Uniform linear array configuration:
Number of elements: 16
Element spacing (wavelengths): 0.5
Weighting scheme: uniform
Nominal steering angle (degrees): -60
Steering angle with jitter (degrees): -59.682
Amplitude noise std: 0.05
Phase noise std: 0.05

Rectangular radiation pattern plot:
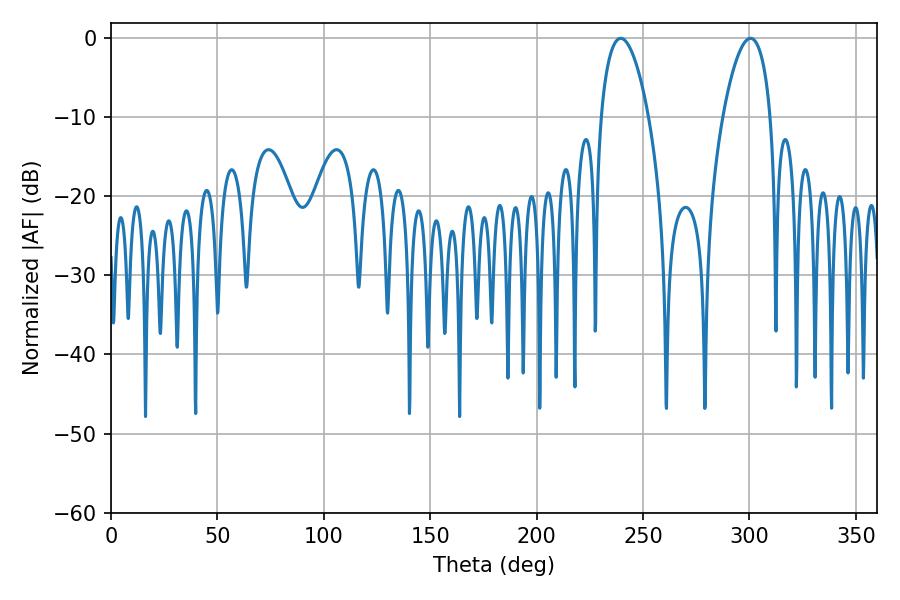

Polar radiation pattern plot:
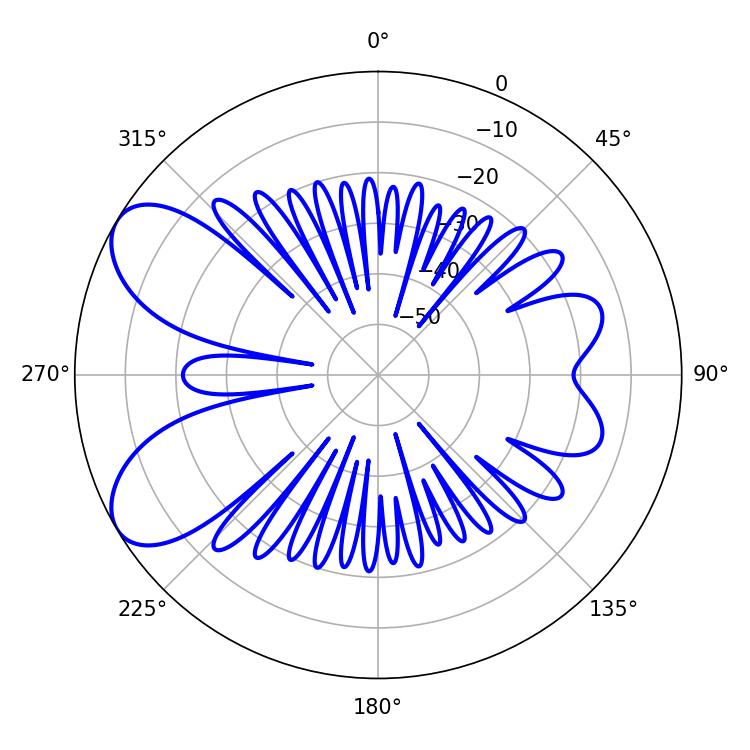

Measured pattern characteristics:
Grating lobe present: FALSE
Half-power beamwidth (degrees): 12.6
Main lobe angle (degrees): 300.42